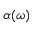
\alpha ( \omega )